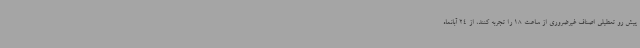
پیش رو تعطیلی اصناف غیرضروری از ساعت 18 را تجربه کنند، از 24 آبانماه